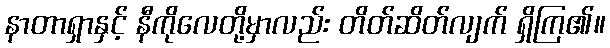
နာတာရှာနှင့် နီကိုလေတို့မှာလည်း တိတ်ဆိတ်လျက် ရှိကြ၏။